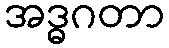
အဒ္ဓဂတာ